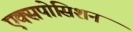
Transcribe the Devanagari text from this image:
एक्सपोसिशन